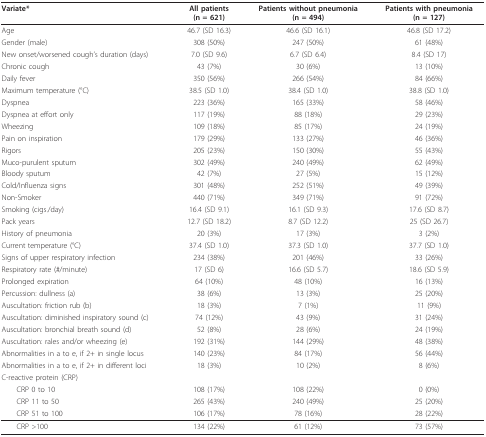
<table><thead><tr><td><b>Variate*</b></td><td><b>All patients(n = 621)</b></td><td><b>Patients without pneumonia(n = 494)</b></td><td><b>Patients with pneumonia(n = 127)</b></td></tr></thead><tbody><tr><td>Age</td><td>46.7 (SD 16.3)</td><td>46.6 (SD 16.1)</td><td>46.8 (SD 17.2)</td></tr><tr><td>Gender (male)</td><td>308 (50%)</td><td>247 (50%)</td><td>61 (48%)</td></tr><tr><td>New onset/worsened cough&#x27;s duration (days)</td><td>7.0 (SD 9.6)</td><td>6.7 (SD 6.4)</td><td>8.4 (SD 17)</td></tr><tr><td>Chronic cough</td><td>43 (7%)</td><td>30 (6%)</td><td>13 (10%)</td></tr><tr><td>Daily fever</td><td>350 (56%)</td><td>266 (54%)</td><td>84 (66%)</td></tr><tr><td>Maximum temperature (°C)</td><td>38.5 (SD 1.0)</td><td>38.4 (SD 1.0)</td><td>38.8 (SD 1.0)</td></tr><tr><td>Dyspnea</td><td>223 (36%)</td><td>165 (33%)</td><td>58 (46%)</td></tr><tr><td>Dyspnea at effort only</td><td>117 (19%)</td><td>88 (18%)</td><td>29 (23%)</td></tr><tr><td>Wheezing</td><td>109 (18%)</td><td>85 (17%)</td><td>24 (19%)</td></tr><tr><td>Pain on inspiration</td><td>179 (29%)</td><td>133 (27%)</td><td>46 (36%)</td></tr><tr><td>Rigors</td><td>205 (23%)</td><td>150 (30%)</td><td>55 (43%)</td></tr><tr><td>Muco-purulent sputum</td><td>302 (49%)</td><td>240 (49%)</td><td>62 (49%)</td></tr><tr><td>Bloody sputum</td><td>42 (7%)</td><td>27 (5%)</td><td>15 (12%)</td></tr><tr><td>Cold/Influenza signs</td><td>301 (48%)</td><td>252 (51%)</td><td>49 (39%)</td></tr><tr><td>Non-Smoker</td><td>440 (71%)</td><td>349 (71%)</td><td>91 (72%)</td></tr><tr><td>Smoking (cigs./day)</td><td>16.4 (SD 9.1)</td><td>16.1 (SD 9.3)</td><td>17.6 (SD 8.7)</td></tr><tr><td>Pack years</td><td>12.7 (SD 18.2)</td><td>8.7 (SD 12.2)</td><td>25 (SD 26.7)</td></tr><tr><td>History of pneumonia</td><td>20 (3%)</td><td>17 (3%)</td><td>3 (2%)</td></tr><tr><td>Current temperature (°C)</td><td>37.4 (SD 1.0)</td><td>37.3 (SD 1.0)</td><td>37.7 (SD 1.0)</td></tr><tr><td>Signs of upper respiratory infection</td><td>234 (38%)</td><td>201 (46%)</td><td>33 (26%)</td></tr><tr><td>Respiratory rate (#/minute)</td><td>17 (SD 6)</td><td>16.6 (SD 5.7)</td><td>18.6 (SD 5.9)</td></tr><tr><td>Prolonged expiration</td><td>64 (10%)</td><td>48 (10%)</td><td>16 (13%)</td></tr><tr><td>Percussion: dullness (a)</td><td>38 (6%)</td><td>13 (3%)</td><td>25 (20%)</td></tr><tr><td>Auscultation: friction rub (b)</td><td>18 (3%)</td><td>7 (1%)</td><td>11 (9%)</td></tr><tr><td>Auscultation: diminished inspiratory sound (c)</td><td>74 (12%)</td><td>43 (9%)</td><td>31 (24%)</td></tr><tr><td>Auscultation: bronchial breath sound (d)</td><td>52 (8%)</td><td>28 (6%)</td><td>24 (19%)</td></tr><tr><td>Auscultation: rales and/or wheezing (e)</td><td>192 (31%)</td><td>144 (29%)</td><td>48 (38%)</td></tr><tr><td>Abnormalities in a to e, if 2+ in single locus</td><td>140 (23%)</td><td>84 (17%)</td><td>56 (44%)</td></tr><tr><td>Abnormalities in a to e, if 2+ in different loci</td><td>18 (3%)</td><td>10 (2%)</td><td>8 (6%)</td></tr><tr><td>C-reactive protein (CRP)</td><td></td><td></td><td></td></tr><tr><td> CRP 0 to 10</td><td>108 (17%)</td><td>108 (22%)</td><td>0 (0%)</td></tr><tr><td> CRP 11 to 50</td><td>265 (43%)</td><td>240 (49%)</td><td>25 (20%)</td></tr><tr><td> CRP 51 to 100</td><td>106 (17%)</td><td>78 (16%)</td><td>28 (22%)</td></tr><tr><td> CRP &gt;100</td><td>134 (22%)</td><td>61 (12%)</td><td>73 (57%)</td></tr></tbody></table>